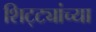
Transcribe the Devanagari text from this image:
शिट्ट्यांच्या